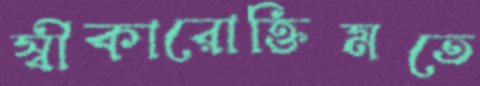
স্বীকারোক্তিমতে